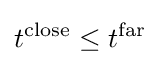
t^{\text{close}}\leq t^{\text{far}}